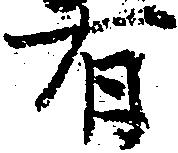
有